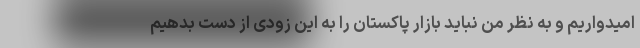
امیدواریم و به نظر من نباید بازار پاکستان را به این زودی از دست بدهیم